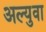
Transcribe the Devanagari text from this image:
अल्युवा